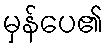
မှန်ပေ၏